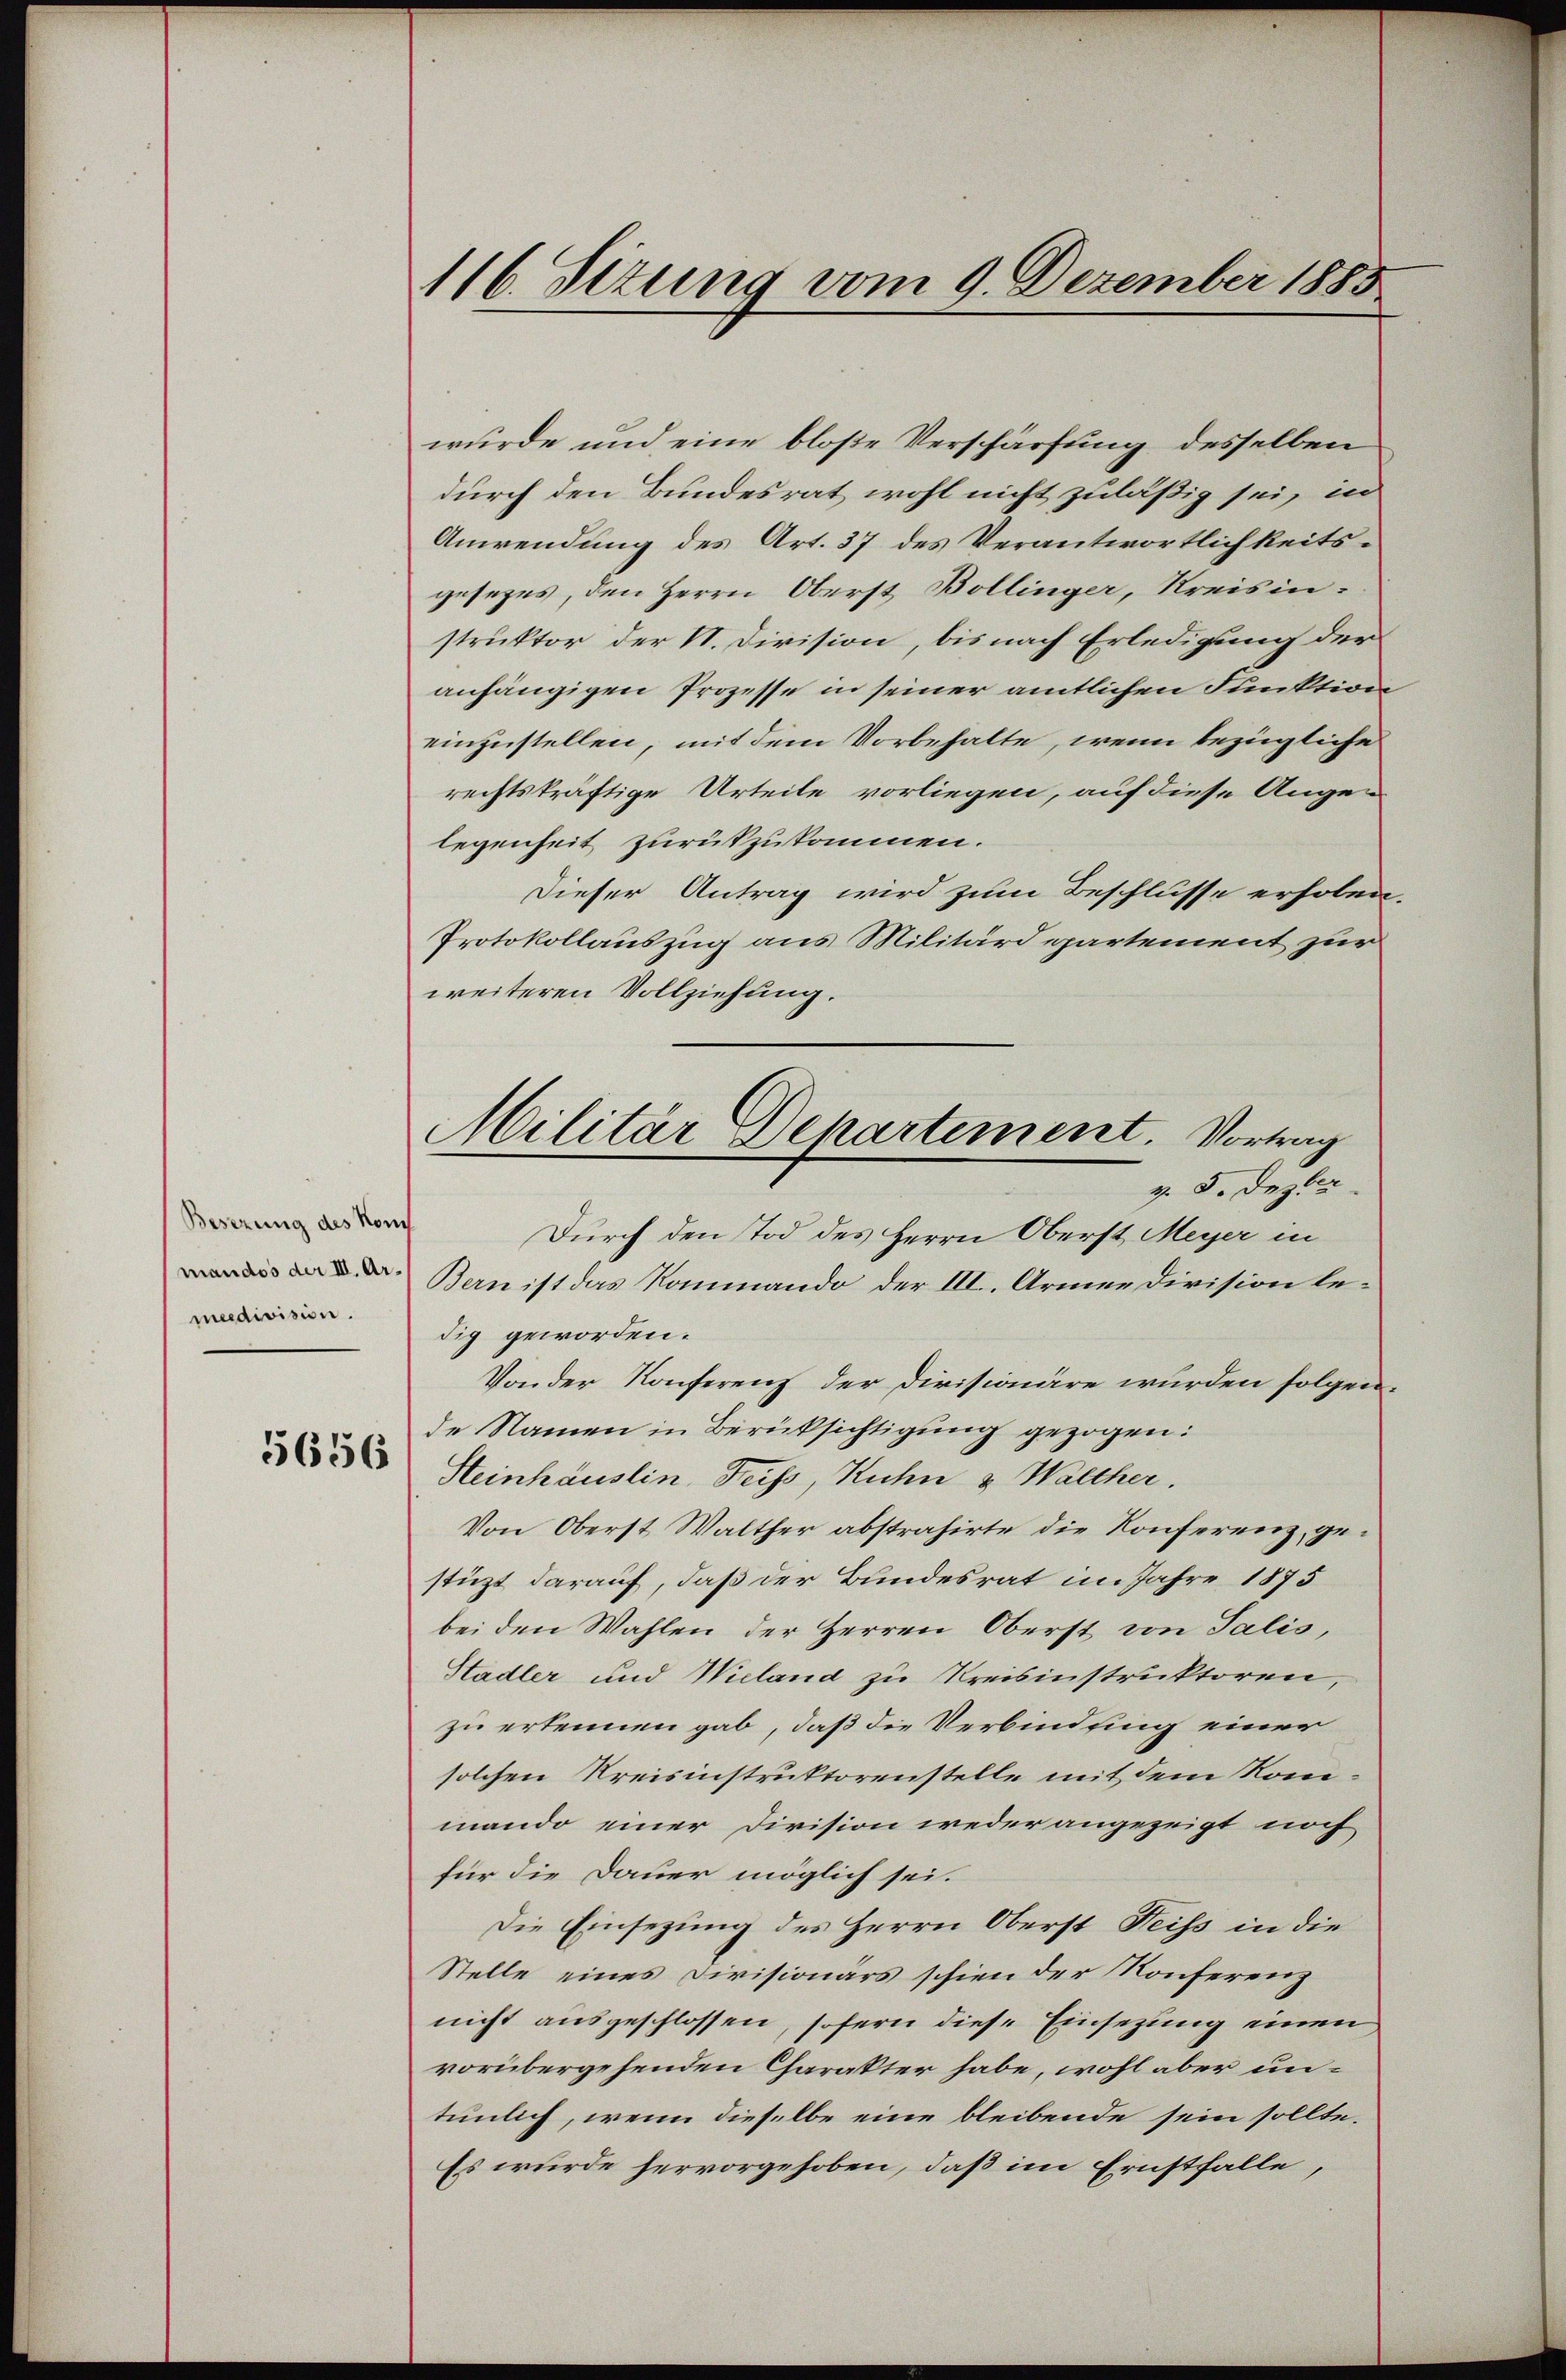
Besizung des Konch
(mandos der III. Ar
medivision.

5656

116. Sezung vom 9. Dezember 1883

Militär Departement. Vortrag
v. 5. Dez. 2

wurde und eine bloße Verschärfung desselben
durch den Bundesrat wohl nicht zuläßig sei, in
Anwendung des Art. 37 des Verantwortlichkeitsgesezes, den Herrn Oberst Bollinger, Kreisinstruktor der N. Division, bis nach Erledigung der
anhängigen Prozesse in seiner amtlichen Funktion
einzustellen, mit dem Vorbehalte, wenn bezügliche
rechtskräftige Urteile vorliegen, auf diese Augen
legenheit zurükzukommen.
Dieser Antrag wird zum Beschlusse erholen,
Protokollauszug aus Militärdepartement zur
weiteren Vollziehung.
Durch den Tod des Herrn Oberst Meyer in
Bern ist das Rommando der III. Armen Division ledig geworden.
Von der Konferenz der Divisionäre wurden folgen.
de Namen in Berüksichtigung gezogen:
Steinhäuslin, Feiss, Kuhn & Walther.
Von Oberst Walther abstrahirte die Konferenz, gestüzt darauf, daß der Bundesrat im Jahre 1875
bei den Wahlen der Herren Oberst von Salis,
Stadler und Wieland zu Kreisinstruktoren,
zu erkennen gab, daß die Verbindung einer
solchen Kreisinstruktorenstelle mit dem Kommando einer Division weder angezeigt noch
für die Dauer möglich sei.
Die Einsezung des Herrn Oberst Neiss in die
Stelle eines Divisionärs schien der Konferenz
nicht ausgeschlossen, sofern diese Einsezung einen
vorübergehenden Charakter habe, wohl aber untunlich, wenn dieselbe eine bleibende sein sollte.
Es wurde hervorgehoben, daß im Ernstfalle,